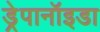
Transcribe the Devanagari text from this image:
ड्रेपानॉइडा